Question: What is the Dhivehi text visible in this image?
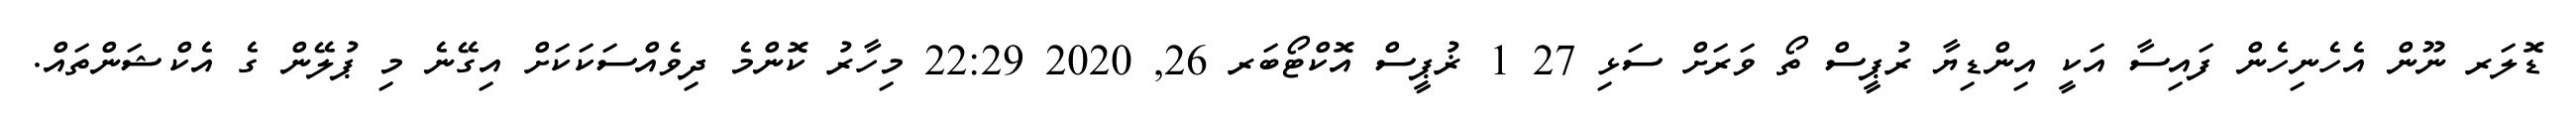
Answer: ޑޮލަރ ނޫން އެހެނިހެން ފައިސާ އަކީ އިންޑިޔާ ރުޕީސް ތޯ ވަރަށް ސަޅި 27 1 ޜުޕީސް އޮކްޓޯބަރ 26, 2020 22:29 މިހާރު ކޮންމެ ދިވެއްސަކަކަށް އިގޭނެ މި ޕުލޭން ގެ އެކްޝަންތައް.